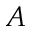
A